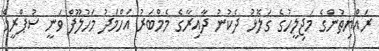
ރައްޔިތުންގެ މަޖިލީހުގެ ގަލޮޅު ދެކުނު ދާއިރާގެ މެމްބަރު އަހްމަދު މަހުލޫފް ވަނީ ސުޕްރީމް